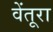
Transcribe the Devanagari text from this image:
वेंतूरा